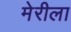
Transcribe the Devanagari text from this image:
मेरीला